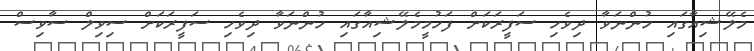
މެލޭޝިއާގައި ހުންނަވާ ދިވެހި ސަފީރަކަށް ފަހުމީމެލޭޝިއާގައި ހުންނަވާ ދިވެހި ސަފީރަކަށް ސިވިލް ސާވިސް